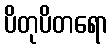
ပိတုပိတရော